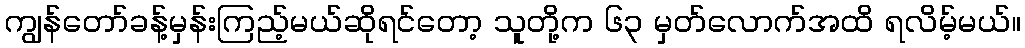
ကျွန်တော်ခန့်မှန်းကြည့်မယ်ဆိုရင်တော့ သူတို့က ၆၃ မှတ်လောက်အထိ ရလိမ့်မယ်။